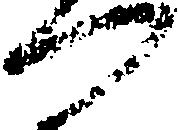
門